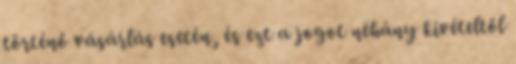
történő vásárlás esetén, és ezt a jogot néhány kivételtől